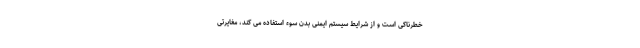
خطرناکی است و از شرایط سیستم ایمنی بدن سوء استفاده می کند، مغایرتی